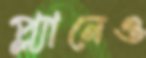
প্ল্যানেও